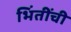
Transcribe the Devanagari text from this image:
भिंतींची